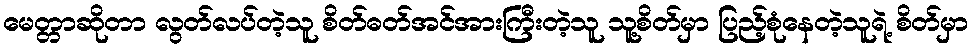
မေတ္တာဆိုတာ လွတ်လပ်တဲ့သူ စိတ်ဓတ်အင်အားကြီးတဲ့သူ သူ့စိတ်မှာ ပြည့်စုံနေတဲ့သူရဲ့ စိတ်မှာ